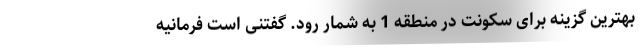
بهترین گزینه برای سکونت در منطقه 1 به شمار رود. گفتنی است فرمانیه